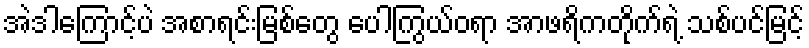
အဲဒါကြောင့်ပဲ အစာရင်းမြစ်တွေ ပေါကြွယ်ဝရာ အာဖရိကတိုက်ရဲ့ သစ်ပင်မြင့်